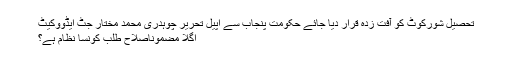
تحصیل شورکوٹ کو آفت زدہ قرار دیا جائے حکومت پنجاب سے اپیل تحریر چوہدری محمد مختار جٹ ایڈووکیٹ
اگلا مضموناصلاح طلب کونسا نظام ہے؟